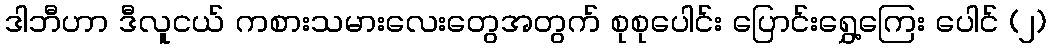
ဒါဘီဟာ ဒီလူငယ် ကစားသမားလေးတွေအတွက် စုစုပေါင်း ပြောင်းရွှေ့ကြေး ပေါင် (၂)